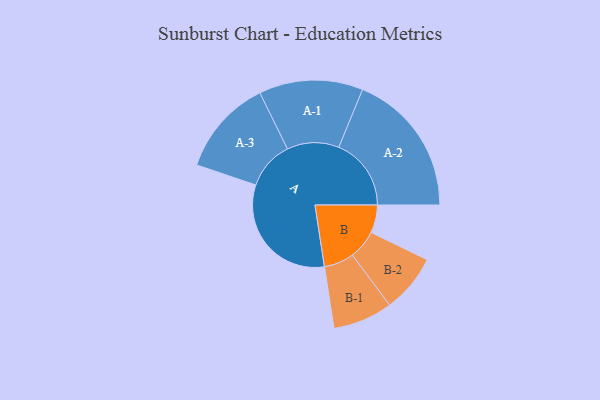
{"axis": {"x": "Segment", "y": "Value"}, "legend": ["", "A", "B"], "data": [{"x": "A", "y": 474, "type": ""}, {"x": "B", "y": 105, "type": ""}, {"x": "A-1", "y": 196, "type": "A"}, {"x": "A-2", "y": 273, "type": "A"}, {"x": "A-3", "y": 182, "type": "A"}, {"x": "B-1", "y": 113, "type": "B"}, {"x": "B-2", "y": 110, "type": "B"}]}